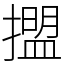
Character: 擝